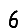
Digit: 6